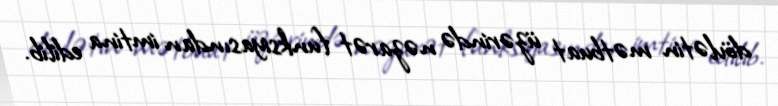
dövlətin mətbuat üzərində nəzarət funksiyasından imtina edilib.